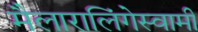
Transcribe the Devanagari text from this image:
मैलारालिंगेस्वामी